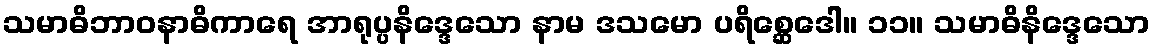
သမာဓိဘာဝနာဓိကာရေ အာရုပ္ပနိဒ္ဒေသော နာမ ဒသမော ပရိစ္ဆေဒေါ။ ၁၁။ သမာဓိနိဒ္ဒေသော